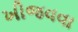
ખીજવવા